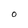
Character: O